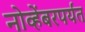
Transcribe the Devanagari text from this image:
नोव्हेंबरपर्यंत